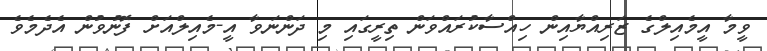
ވީމާ އީމެއިލްގެ ޒަރިއްޔާއިން ހިއްސާކުރައްވަން ތިރީގައި މި ދަންނަވާ އީ-މެއިލްއަށް ފޮނުވުން އެދެމެވެ